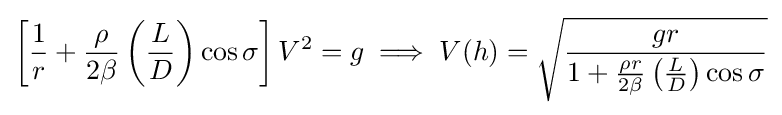
\left[{\frac {1}{r}}+{\frac {\rho }{2\beta }}\left({\frac {L}{D}}\right)\cos \sigma \right]V^{2}=g\implies V(h)={\sqrt {\frac {gr}{1+{\frac {\rho r}{2\beta }}\left({\frac {L}{D}}\right)\cos \sigma }}}